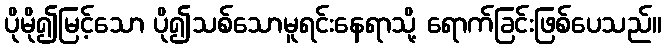
ပိုမို၍မြင့်သော ပို၍သစ်သောမူရင်းနေရာသို့ ရောက်ခြင်းဖြစ်ပေသည်။